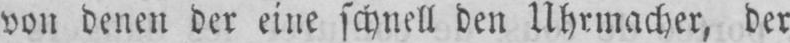
von denen der eine schnell den Uhrmacher, der